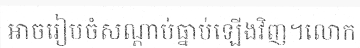
អាចរៀបចំសណ្តាប់ធ្នាប់ឡើងវិញ។លោក